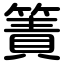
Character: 簀